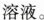
溶液。